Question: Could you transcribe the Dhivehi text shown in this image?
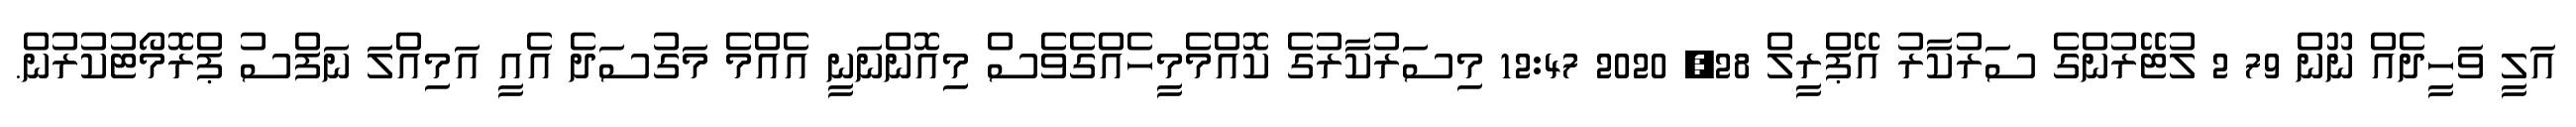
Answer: އަލީ ވަހީދެއް ނޫން 79 2 ލުޓޭރުންގެ ސަރުކާރު އޭޕްރީލް 28, 2020 12:47 މިސަރުކާރުގެ ކޮއްމެމީހެއްގެވެސް މިއޮންނަނީ އެއްމެ މަގުސަދެ އެއީ އަމިއްލަ ނަފްސު ޕްރޮމޯޓުކުރުން.